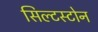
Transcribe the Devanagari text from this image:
सिल्टस्टोन